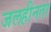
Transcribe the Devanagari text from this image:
जलहीनता